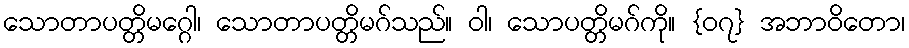
သောတာပတ္တိမဂ္ဂေါ၊ သောတာပတ္တိမဂ်သည်။ ဝါ၊ သောပတ္တိမဂ်ကို။ {၀၇} အဘာဝိတော၊